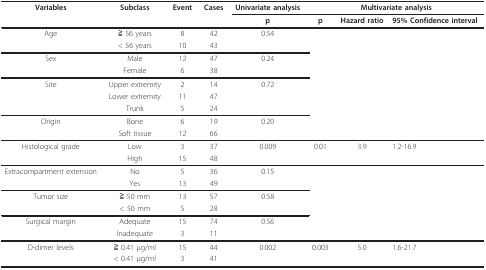
<table><thead><tr><td><b>Variables</b></td><td><b>Subclass</b></td><td><b>Event</b></td><td><b>Cases</b></td><td><b>Univariate analysis</b></td><td colspan="3"><b>Multivariate analysis</b></td></tr><tr><td></td><td></td><td></td><td></td><td><b>p</b></td><td><b>p</b></td><td><b>Hazard ratio</b></td><td><b>95% Confidence interval</b></td></tr></thead><tbody><tr><td>Age</td><td>≧ 56 years</td><td>8</td><td>42</td><td>0.54</td><td></td><td></td><td></td></tr><tr><td></td><td>&lt; 56 years</td><td>10</td><td>43</td><td></td><td></td><td></td><td></td></tr><tr><td>Sex</td><td>Male</td><td>12</td><td>47</td><td>0.24</td><td></td><td></td><td></td></tr><tr><td></td><td>Female</td><td>6</td><td>38</td><td></td><td></td><td></td><td></td></tr><tr><td>Site</td><td>Upper extremity</td><td>2</td><td>14</td><td>0.72</td><td></td><td></td><td></td></tr><tr><td></td><td>Lower extremity</td><td>11</td><td>47</td><td></td><td></td><td></td><td></td></tr><tr><td></td><td>Trunk</td><td>5</td><td>24</td><td></td><td></td><td></td><td></td></tr><tr><td>Origin</td><td>Bone</td><td>6</td><td>19</td><td>0.20</td><td></td><td></td><td></td></tr><tr><td></td><td>Soft tissue</td><td>12</td><td>66</td><td></td><td></td><td></td><td></td></tr><tr><td>Histological grade</td><td>Low</td><td>3</td><td>37</td><td>0.009</td><td>0.01</td><td>3.9</td><td>1.2-16.9</td></tr><tr><td></td><td>High</td><td>15</td><td>48</td><td></td><td></td><td></td><td></td></tr><tr><td>Extracompartment extension</td><td>No</td><td>5</td><td>36</td><td>0.15</td><td></td><td></td><td></td></tr><tr><td></td><td>Yes</td><td>13</td><td>49</td><td></td><td></td><td></td><td></td></tr><tr><td>Tumor size</td><td>≧ 50 mm</td><td>13</td><td>57</td><td>0.58</td><td></td><td></td><td></td></tr><tr><td></td><td>&lt; 50 mm</td><td>5</td><td>28</td><td></td><td></td><td></td><td></td></tr><tr><td>Surgical margin</td><td>Adequate</td><td>15</td><td>74</td><td>0.56</td><td></td><td></td><td></td></tr><tr><td></td><td>Inadequate</td><td>3</td><td>11</td><td></td><td></td><td></td><td></td></tr><tr><td>D-dimer levels</td><td>≧ 0.41 μg/ml</td><td>15</td><td>44</td><td>0.002</td><td>0.003</td><td>5.0</td><td>1.6-21.7</td></tr><tr><td></td><td>&lt; 0.41 μg/ml</td><td>3</td><td>41</td><td></td><td></td><td></td><td></td></tr></tbody></table>